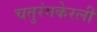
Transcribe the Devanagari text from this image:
चतुरंगकेरली